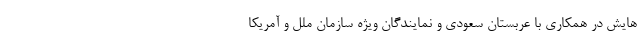
هایش در همکاری با عربستان سعودی و نمایندگان ویژه سازمان ملل و آمریکا